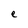
Character: e